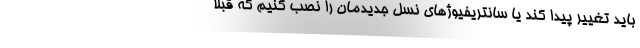
باید تغییر پیدا کند یا سانتریفیوژهای نسل جدیدمان را نصب کنیم که قبلاً‌